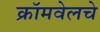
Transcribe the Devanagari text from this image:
क्रॉमवेलचे